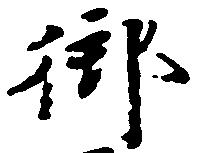
御